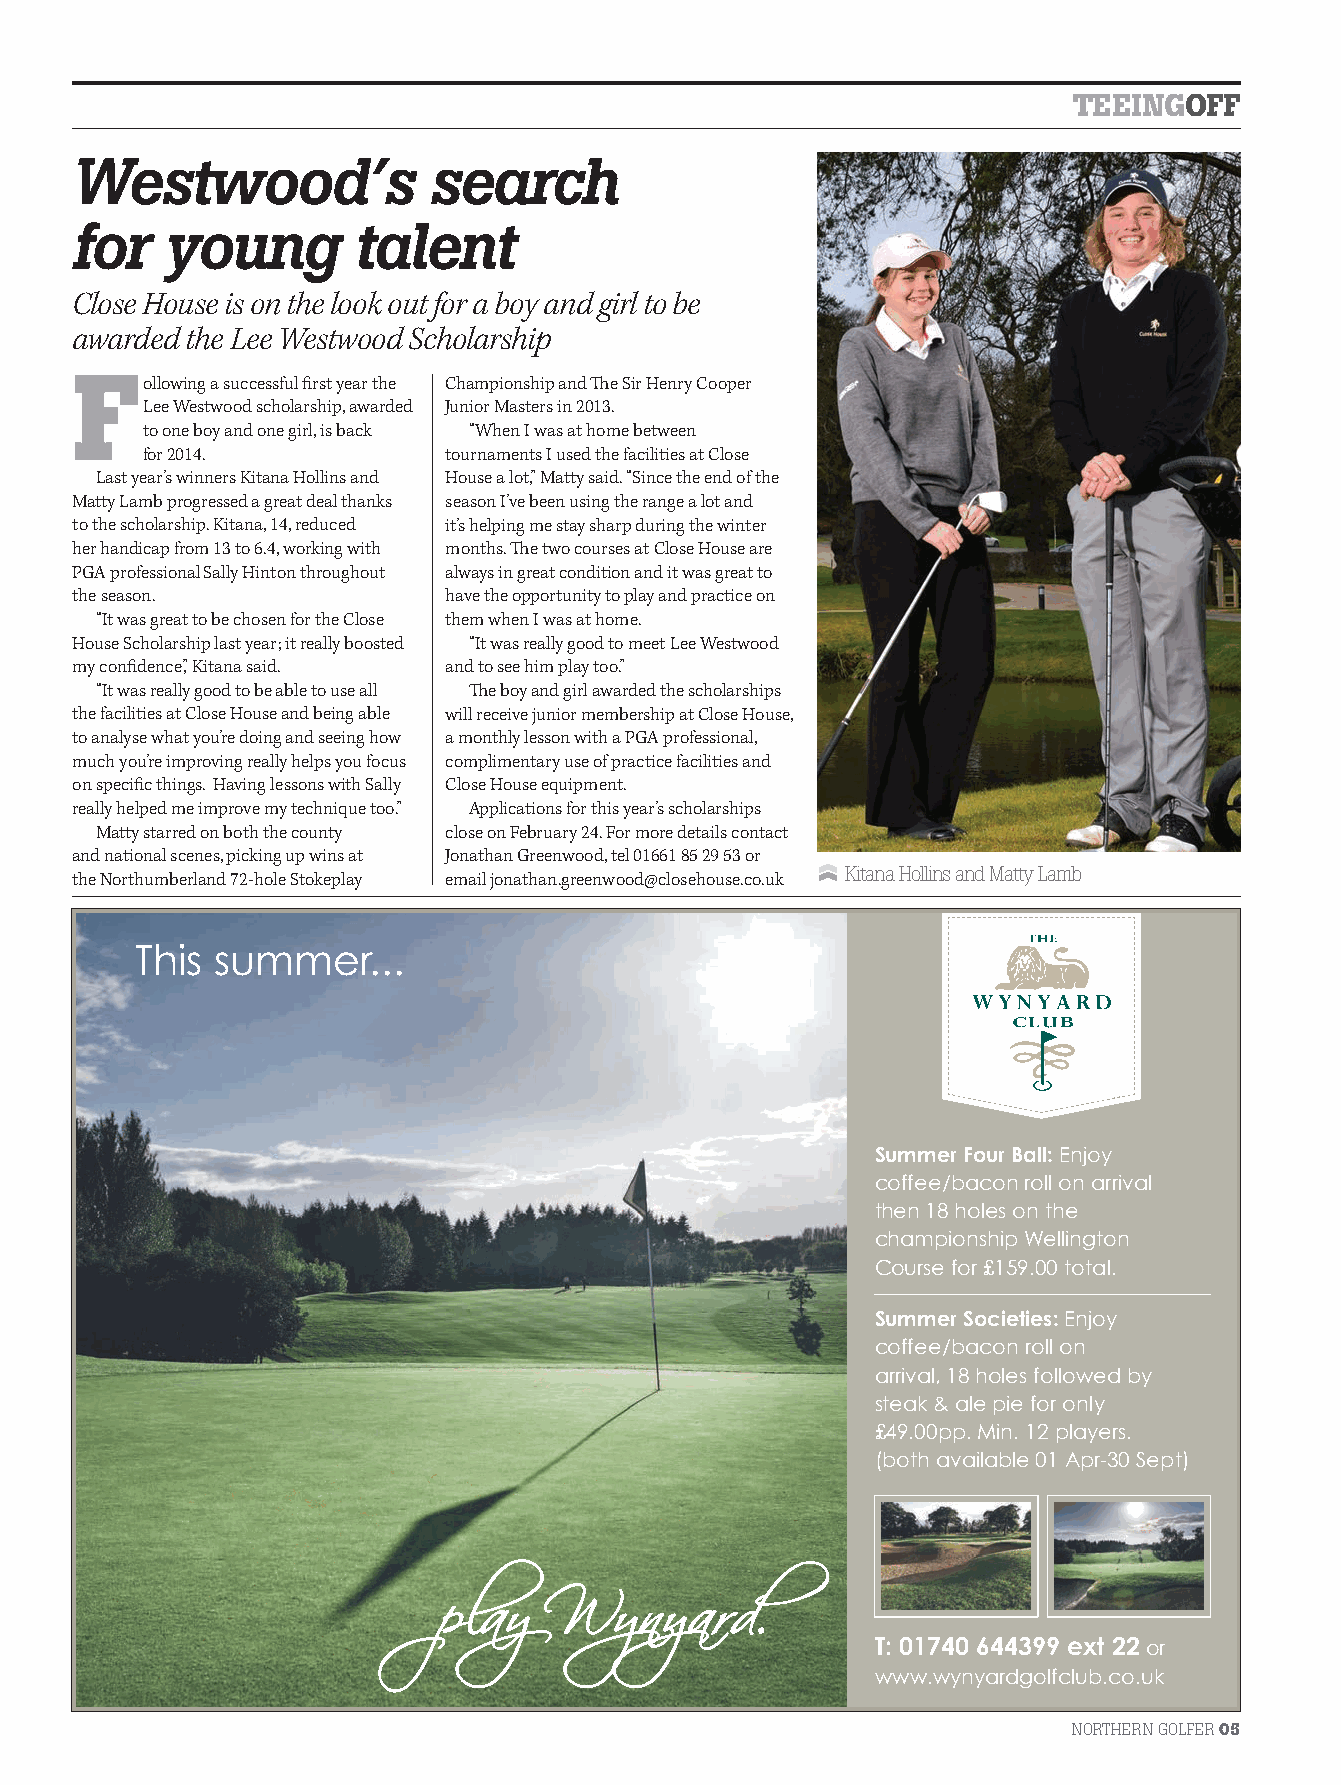
TEEINGOFF
 Westwood’s              search
 for    young       talent
 Close House is on the look out for a boy and girl to be
 awarded the Lee Westwood Scholarship
 Following a successful fi rst year the Championship and Th e Sir Henry Cooper
 Lee Westwood scholarship, awarded Junior Masters in 2013.
 to one boy and one girl, is back “When I was at home between
 for 2014.           tournaments I used the facilities at Close
 Last year’s winners Kitana Hollins and House a lot,” Matty said. “Since the end of the
 Matty Lamb progressed a great deal thanks season I’ve been using the range a lot and
 to the scholarship. Kitana, 14, reduced it’s helping me stay sharp during the winter
 her handicap from 13 to 6.4, working with months. Th e two courses at Close House are
 PGA professional Sally Hinton throughout always in great condition and it was great to
 the season.              have the opportunity to play and practice on
 “It was great to be chosen for the Close them when I was at home.
 House Scholarship last year; it really boosted “It was really good to meet Lee Westwood
 my confi dence,” Kitana said. and to see him play too.”
 “It was really good to be able to use all Th e boy and girl awarded the scholarships
 the facilities at Close House and being able will receive junior membership at Close House,
 to analyse what you’re doing and seeing how a monthly lesson with a PGA professional,
 much you’re improving really helps you focus complimentary use of practice facilities and
 on specifi c things. Having lessons with Sally Close House equipment.
 really helped me improve my technique too.” Applications for this year’s scholarships
 Matty starred on both the county close on February 24. For more details contact
 and national scenes, picking up wins at Jonathan Greenwood, tel 01661 85 29 53 or
 Kitana Hollins and Matty Lamb
 the Northumberland 72-hole Stokeplay email jonathan.greenwood@closehouse.co.uk
 This summer...
 Summer Four Ball:Enjoy
 coffee/bacon roll on arrival
 then 18 holes on the
 championship Wellington
 Course for £159.00 total.
 Summer Societies:Enjoy
 coffee/bacon roll on
 arrival, 18 holes followed by
 steak & ale pie for only
 £49.00pp. Min. 12 players.
 (both available 01 Apr-30 Sept)
 play    Wynyard.             T: 01740 644399 ext 22or
 www.wynyardgolfclub.co.uk
 NORTHERN GOLFER05
 NG21.indb 5                                                                     10/02/2014 17:10